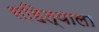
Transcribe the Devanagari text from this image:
सहित्याला